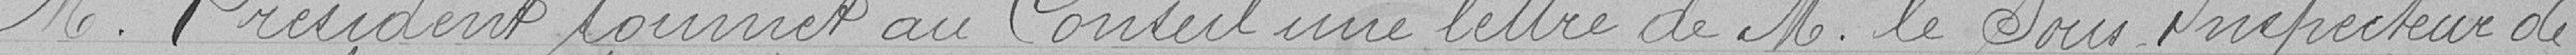
M. Président soumet au Conseil une lettre de M. le Sous Inspecteur de